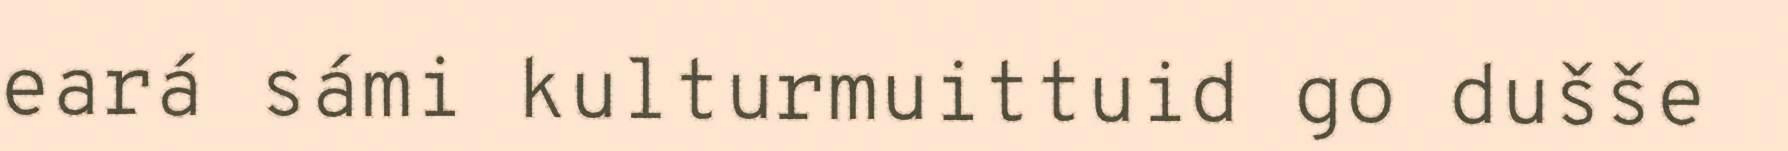
eará sámi kulturmuittuid go dušše